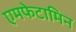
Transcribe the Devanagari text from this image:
एमफेटामिन